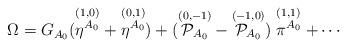
LaTeX: \begin{align*}\Omega = G_{A_{0}}(\stackrel{(1,0)}{\eta^{A_{0}}}+\stackrel{(0,1)}{\eta^{A_{0}}}) +({\raise.5pt\hbox{$ \stackrel{(0,-1)}{{\cal P}_{A_{0}}}$}}-{\raise.5pt\hbox{$ \stackrel{(-1,0)}{{\cal P}_{A_{0}}}$}})\stackrel{(1,1)}{\pi^{A_{0}}} + \cdots \end{align*}